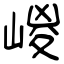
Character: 嵕